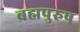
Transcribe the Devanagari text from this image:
ब्रह्मपुरुष